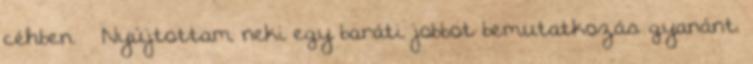
céhben. – Nyújtottam neki egy baráti jobbot bemutatkozás gyanánt.